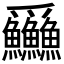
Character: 𪺚